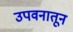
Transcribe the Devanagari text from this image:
उपवनातून